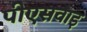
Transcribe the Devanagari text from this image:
पीएसवाइ